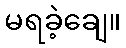
မရခဲ့ချေ။